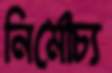
নির্মোচ্য